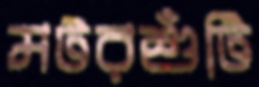
মটরশুঁটি